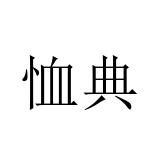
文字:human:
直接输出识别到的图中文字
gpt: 恤典